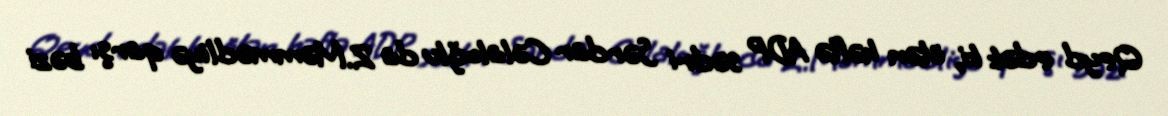
Qeyd edək ki, ötən həftə ADP sədri Sərdar Cəlaloğlu da Z.Məmmədliyə qarşı bəzi